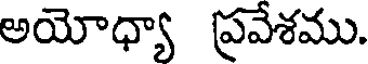
అయోధ్యా ప్రవేశము.